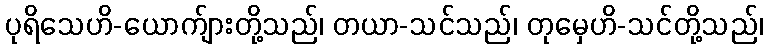
ပုရိသေဟိ-ယောက်ျားတို့သည်၊ တယာ-သင်သည်၊ တုမှေဟိ-သင်တို့သည်၊